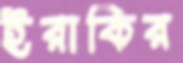
ইরাকির